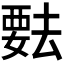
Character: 𬡺